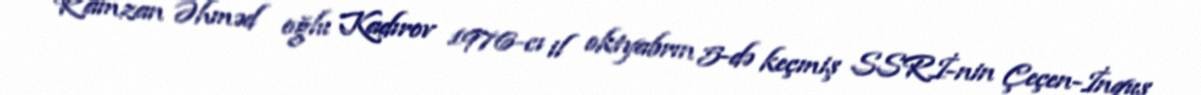
Ramzan Əhməd oğlu Kadırov 1976-cı il oktyabrın 5-də keçmiş SSRİ-nin Çeçen-İnquş